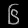
Digit: ၆